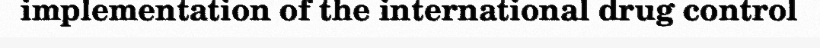
implementation of the international drug control